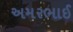
અમરભાઈ